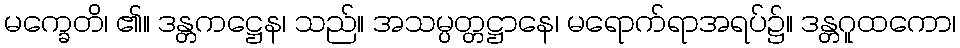
မက္ခေတိ၊ ၏။ ဒန္တကဋ္ဌေန၊ သည်။ အသမ္ပတ္တဋ္ဌာနေ၊ မရောက်ရာအရပ်၌။ ဒန္တဂူထကော၊